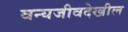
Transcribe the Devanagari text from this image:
वन्यजीवदेखील